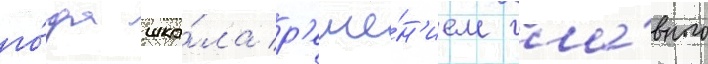
го́да шко́ла р'еше́н'ием гла́вного